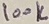
Text: 100K